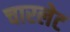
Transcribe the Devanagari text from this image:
चारलेट